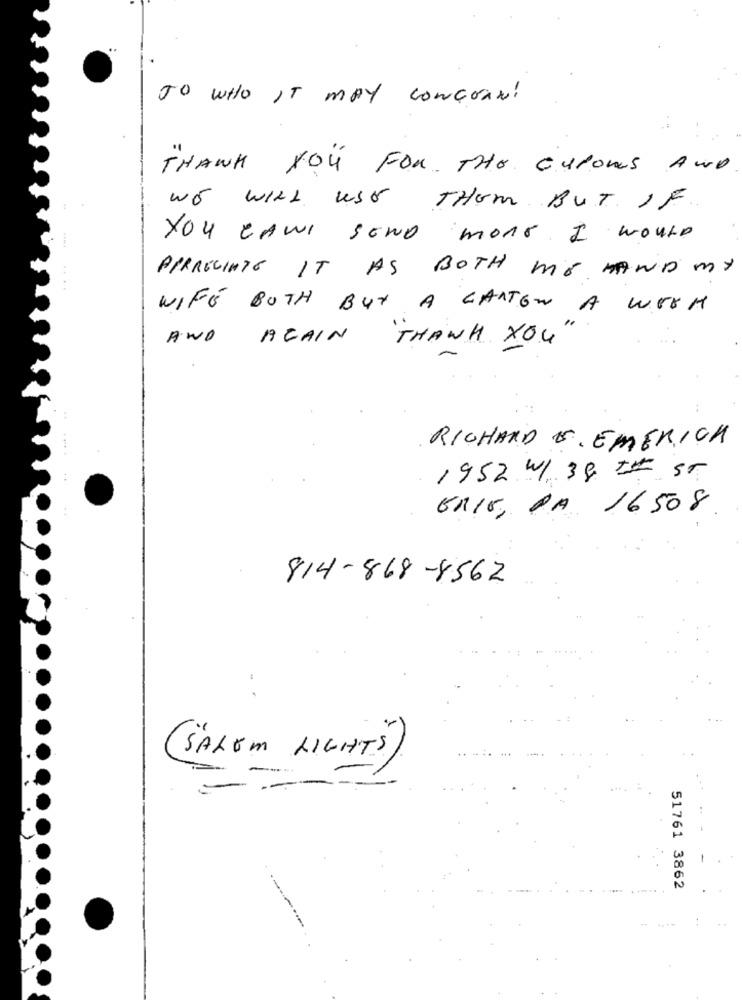
TO WHO IT MAY CONCERN!
THANK YOU FOR THE CUPONS AND
WE WILL USE THEM BUT IF
YOU CANI SEND MORE. I WOULD
PPRRECIATE IT AS BOTH ME HAND MY
WIFE BOTH BUY A GARTEN A WITH
AND AGAIN THANK YOU
RICHARD S. EMERICA
:
1952 W/3& ## ST
ERIE, PA 16508
814-868-8562
SALEM LIGHTS
...
51761 3862